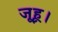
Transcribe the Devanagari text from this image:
जूहू।